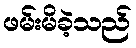
ဖမ်းမိခဲ့သည်